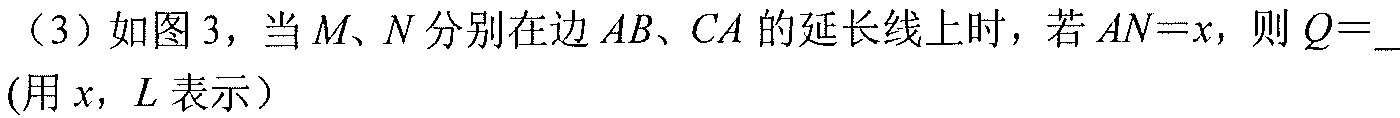
(3) 如图3，当\(M\)、\(N\)分别在边\(AB\)、\(CA\)的延长线上时，若\(AN = x\)，则\(Q=\)___(用\(x\)，\(L\)表示）